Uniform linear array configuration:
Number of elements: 4
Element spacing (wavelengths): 0.75
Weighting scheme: cosine
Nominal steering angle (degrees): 45
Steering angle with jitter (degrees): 45.75
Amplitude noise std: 0.05
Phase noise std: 0.05

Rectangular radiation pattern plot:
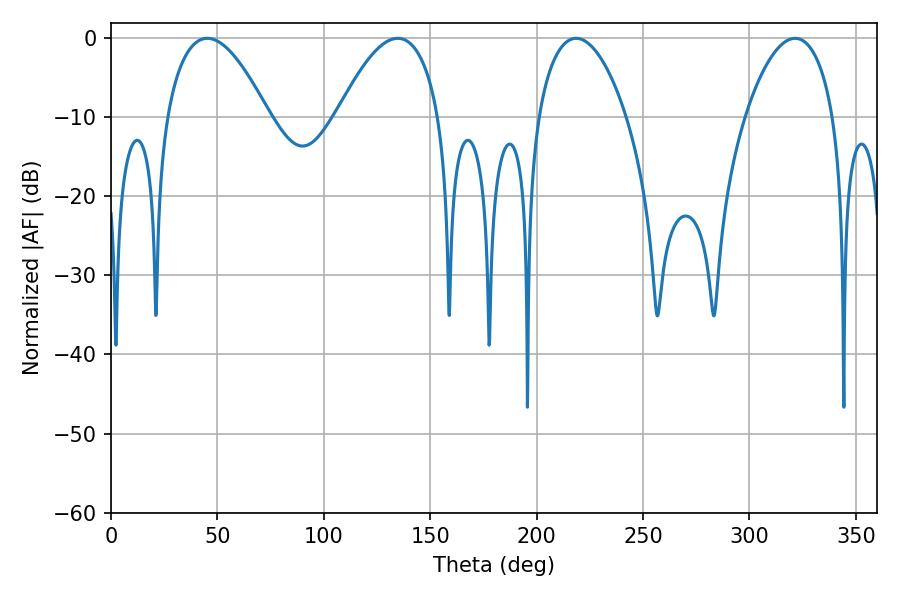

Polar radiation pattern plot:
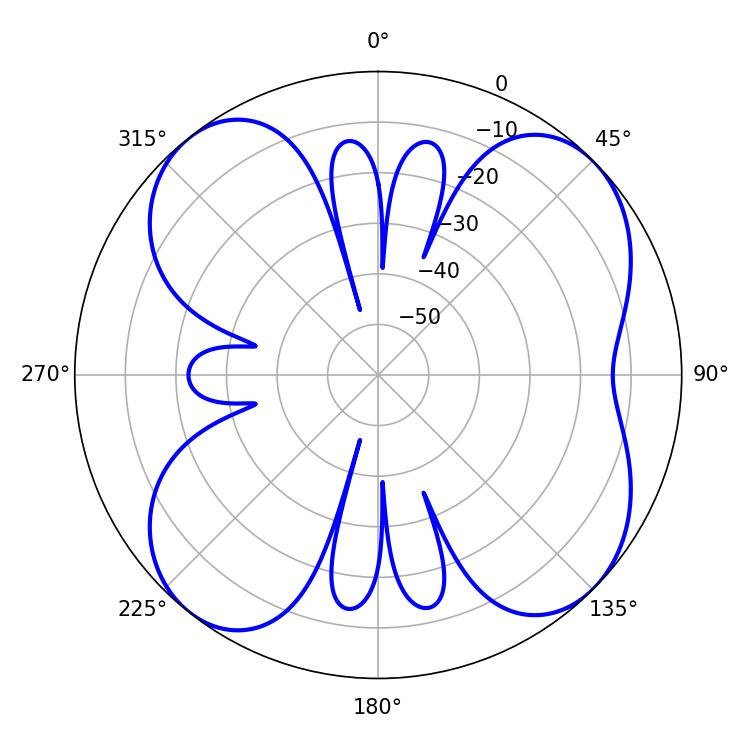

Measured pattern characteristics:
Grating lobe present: TRUE
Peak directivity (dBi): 10.136
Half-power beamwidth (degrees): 23.22
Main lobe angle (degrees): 218.52